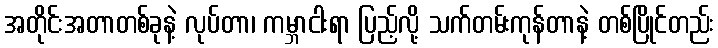
အတိုင်းအတာတစ်ခုနဲ့ လုပ်တာ၊ ကမ္ဘာငါးရာ ပြည့်လို့ သက်တမ်းကုန်တာနဲ့ တစ်ပြိုင်တည်း